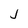
Character: J